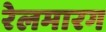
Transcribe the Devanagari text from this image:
रेलमारग